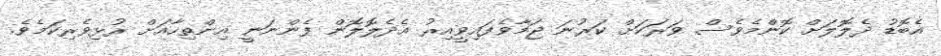
އެބޮޑު ދެލޮލަށް ކޮންމެވެސް ވަރަކަށް ކަރުނަ ޖަމާވެފައިވީއިރު އެދެލޮލޮން ފެންނަނީ އިންތިހާއަށް ރުޅިވެރިކަމެވެ.